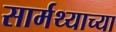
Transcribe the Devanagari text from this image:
सार्मथ्याच्या